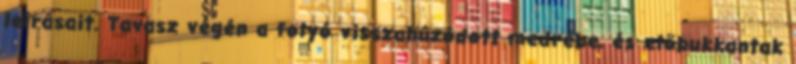
leírásait. Tavasz végén a folyó visszahúzódott medrébe, és előbukkantak